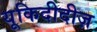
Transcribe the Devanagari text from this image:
यूकिदीदीज़